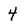
Character: 4